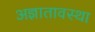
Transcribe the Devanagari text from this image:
अज्ञातावस्था